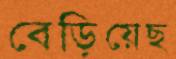
বেড়িয়েছ